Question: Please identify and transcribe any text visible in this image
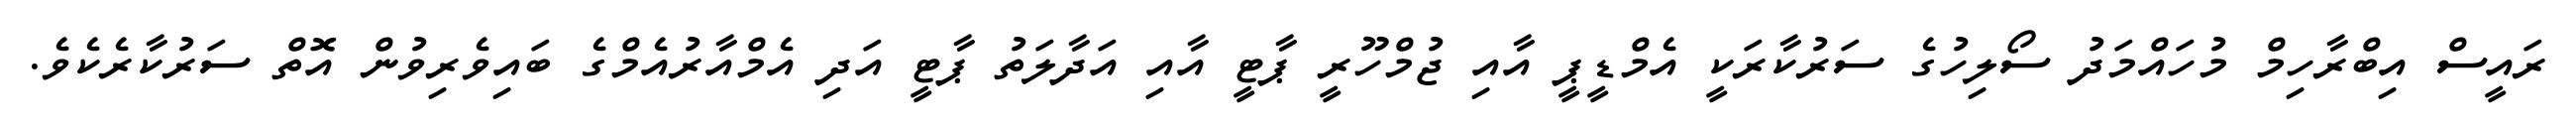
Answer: ރައީސް އިބްރާހިމް މުހައްމަދު ސޯލިހުގެ ސަރުކާރަކީ އެމްޑީޕީ އާއި ޖުމްހޫރީ ޕާޓީ އާއި އަދާލަތު ޕާޓީ އަދި އެމްއާރުއެމްގެ ބައިވެރިވުން އޮތް ސަރުކާރެކެވެ.